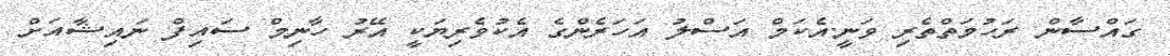
ގައްސާން ރަހުމަތްތެރި ވަނީ.އެކަމް އަސްލު އަހަރެންގެ އެކުވެރިޔަކީ އޭރު ހާނިމް ސައިފް ނައިޝާއަށް